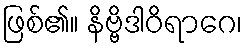
ဖြစ်၏။ နိဗ္ဗိဒါဝိရာဂေ၊